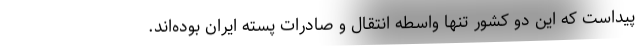
پیداست که این دو کشور تنها واسطه انتقال و صادرات پسته ایران بوده‌اند.